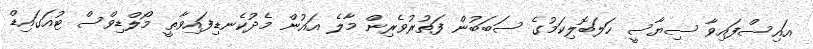
އައިސްފައިވާ ސިޔާސީ ހަލަބޮލިކަމުގެ ސަބަބުން ފަތުރުވެރިން މާލެ އައުން މެދުކެނޑިފައިވާތީ މޯލްޑިވްސް ޓުއަގައިޑް